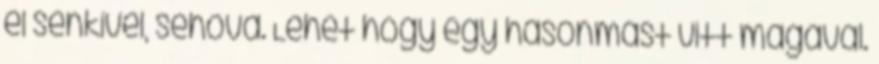
el senkivel, sehova. Lehet hogy egy hasonmást vitt magával.